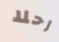
رحلا